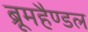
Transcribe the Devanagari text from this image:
ब्रूमहैण्डल